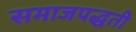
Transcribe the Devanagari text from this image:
समाजपद्धती